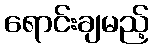
ရောင်းချမည့်